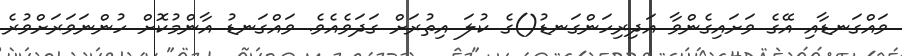
ވައްގަނޑާއި އޭގެ ވަށައިގެންވާ އަދިރިހަންގަނޑު()ގެ ކުލަ އިތުރަށް ގަދަވެއެވެ. ވައްގަނޑު އާންމުކޮށް ހުންނަވަރަށްވުރެ